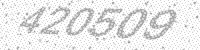
Solution: 420509